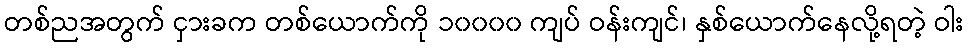
တစ်ညအတွက် ငှားခက တစ်ယောက်ကို ၁၀၀၀၀ ကျပ် ဝန်းကျင်၊ နှစ်ယောက်နေလို့ရတဲ့ ဝါး